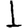
Digit: 1